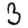
Digit: 3